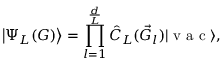
\left| \Psi _ { L } ( G ) \right\rangle = \prod _ { l = 1 } ^ { \frac { d } { L } } \hat { C } _ { L } ( \vec { G } _ { l } ) | \textrm { v a c } \rangle ,